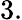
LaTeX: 3.